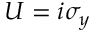
U = i \sigma _ { y }